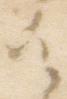
御